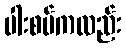
ပါးစပ်ကလည်း